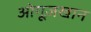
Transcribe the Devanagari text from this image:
ओगूज़खान